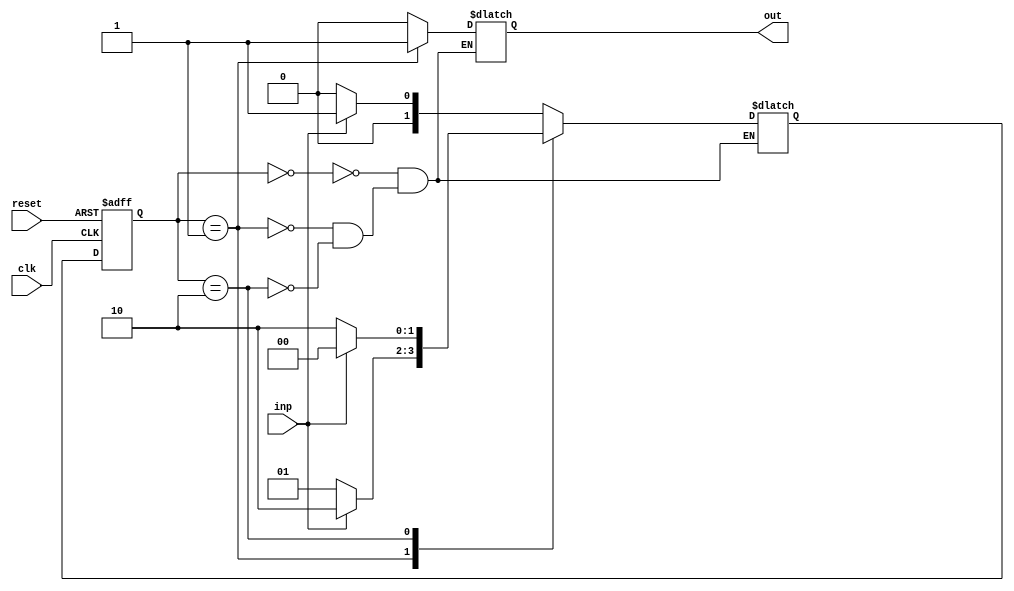
module fsm (
    input clk,
    input reset,
    input inp,
    output reg out
);

// Defining states
parameter S0 = 2'b00;
parameter S1 = 2'b01;
parameter S2 = 2'b10;

// Defining state register
reg [1:0] state, next_state;

// Initializing state machine
always @ (posedge clk or posedge reset)
begin
    if (reset)
        state <= S0;
    else
        state <= next_state;
end

// Determining transitions between states based on inputs
always @ (*)
begin
    case (state)
        S0: begin
            if (inp)
                next_state = S1;
            else
                next_state = S0;
        end
        S1: begin
            if (inp)
                next_state = S2;
            else
                next_state = S1;
        end
        S2: begin
            if (inp)
                next_state = S0;
            else
                next_state = S2;
        end
    endcase
end

// Specifying outputs associated with each state
always @ (*)
begin
    case (state)
        S0: out = 1'b0;
        S1: out = 1'b1;
        S2: out = 1'b0;
    endcase
end

endmodule